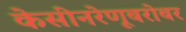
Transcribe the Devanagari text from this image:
केसीनरेणूबरोबर